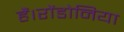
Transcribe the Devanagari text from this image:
हैं।रोंडोनिया